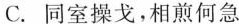
C.同室操戈，相煎何急